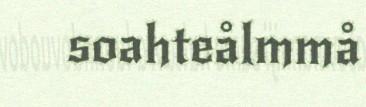
soahteålmmå